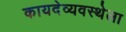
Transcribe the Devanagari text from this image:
कायदेव्यवस्थेला